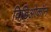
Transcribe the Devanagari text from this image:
विडिओकॉन